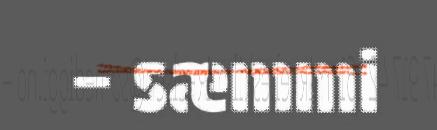
– sæmmi